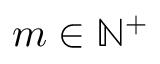
m \in \mathbb { N } ^ { + }